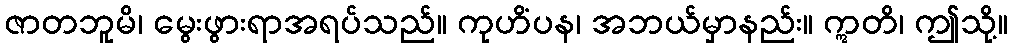
ဇာတဘူမိ၊ မွေးဖွားရာအရပ်သည်။ ကုဟိံပန၊ အဘယ်မှာနည်း။ ဣတိ၊ ဤသို့။